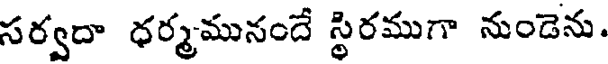
సర్వదా ధర్మమునందే స్థిరముగా నుండెను.